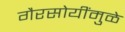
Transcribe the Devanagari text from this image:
गैरसोयींमुळे